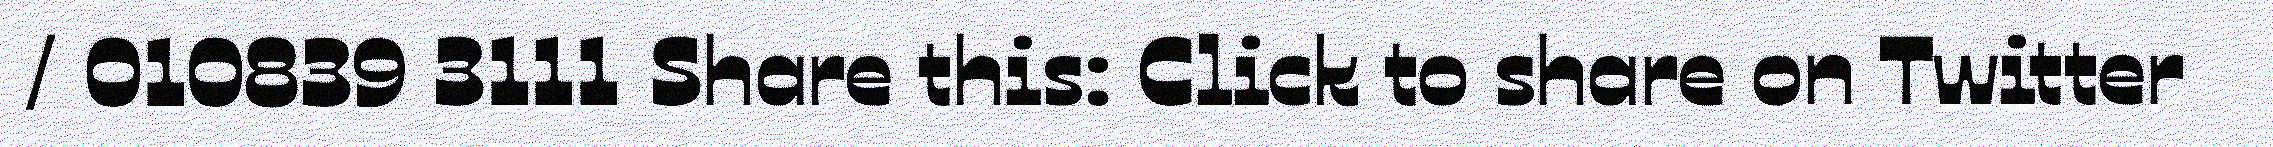
/ 010839 3111 Share this: Click to share on Twitter